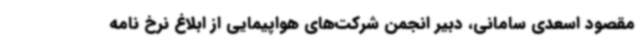
مقصود اسعدی سامانی، دبیر انجمن شرکت‌های هواپیمایی از ابلاغ نرخ نامه